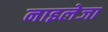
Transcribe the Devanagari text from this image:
नाइलेजा